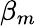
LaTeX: \beta_{m}